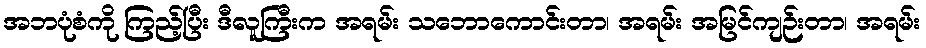
အဘပုံစံကို ကြည့်ပြီး ဒီလူကြီးက အရမ်း သဘောကောင်းတာ၊ အရမ်း အမြင်ကျဉ်းတာ၊ အရမ်း